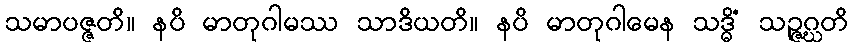
သမာပဇ္ဇတိ။ နပိ မာတုဂါမဿ သာဒိယတိ။ နပိ မာတုဂါမေန သဒ္ဓိံ သဉ္ဇဂ္ဃတိ